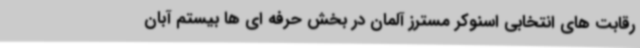
رقابت های انتخابی اسنوکر مسترز آلمان در بخش حرفه ای ها بیستم آبان